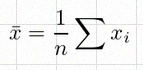
\bar{x}=\frac1n\sum x_i